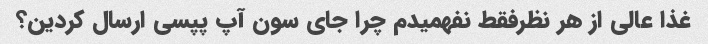
غذا عالی از هر نظرفقط نفهمیدم چرا جای سون آپ پپسی ارسال کردین؟